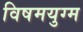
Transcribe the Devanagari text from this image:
विषमयुग्म